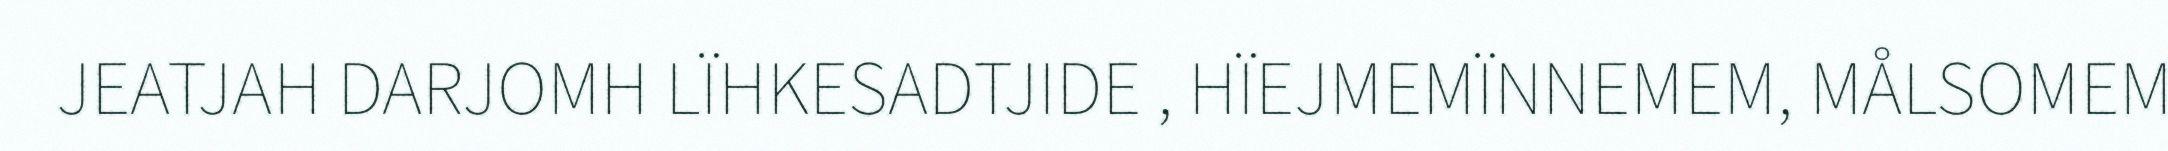
JEATJAH DARJOMH LÏHKESADTJIDE , HÏEJMEMÏNNEMEM, MÅLSOMEM